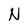
Character: N